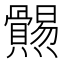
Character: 𤓑